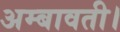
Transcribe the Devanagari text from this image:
अम्बावती।